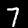
Label: 7